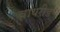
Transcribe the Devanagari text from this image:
वायरीड